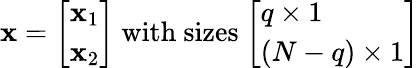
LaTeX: \mathbf{x}={\left[\begin{array}{l}{\mathbf{x}_{1}}\\ {\mathbf{x}_{2}}\end{array}\right]}{\mathrm{~with~sizes~}}{\left[\begin{array}{l}{q\times 1}\\ {(N-q)\times 1}\end{array}\right]}